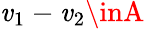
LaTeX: \mathit{v}_{1}-\mathit{v}_{2}\inA